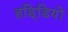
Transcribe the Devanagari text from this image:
हडि्डियों